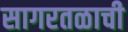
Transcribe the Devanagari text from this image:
सागरतळाची